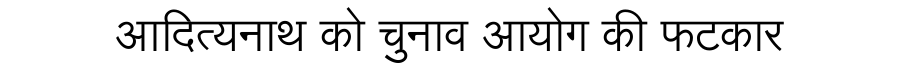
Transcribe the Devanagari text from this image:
आदित्यनाथ को चुनाव आयोग की फटकार